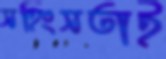
সহিংসতাই